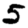
Digit: 5